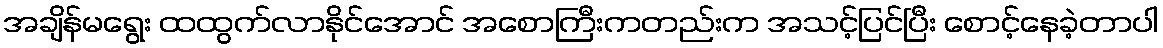
အချိန်မရွေး ထထွက်လာနိုင်အောင် အစောကြီးကတည်းက အသင့်ပြင်ပြီး စောင့်နေခဲ့တာပါ